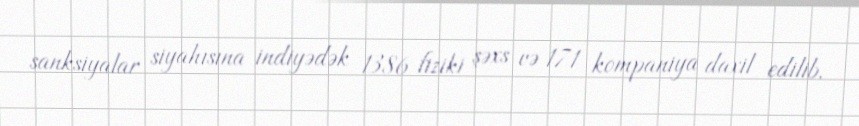
sanksiyalar siyahısına indiyədək 1386 fiziki şəxs və 171 kompaniya daxil edilib.